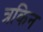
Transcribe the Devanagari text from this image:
त्रकिन